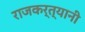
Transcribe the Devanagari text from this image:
राजकर्त्यानी